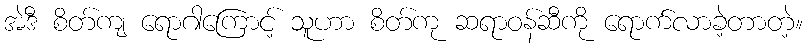
အဲဒီ စိတ်ကျ ရောဂါကြောင့် သူဟာ စိတ်ကု ဆရာဝန်ဆီကို ရောက်လာခဲ့တာတဲ့။